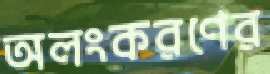
অলংকরণের